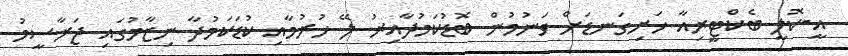
އީ-ކޮލީ ބެކްޓީރިއާ ހަށިގަނޑަށް ވަނުމުން ބޮޑުކަމުދާއިރު ލޭ ހުރުމާއި ކުޑަކަމުދާ ނިޒާމުގައި ޖަރާސީމު